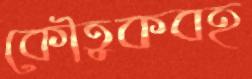
কৌতুকবহ